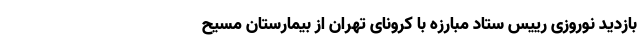
بازدید نوروزی رییس ستاد مبارزه با کرونای تهران از بیمارستان مسیح